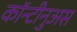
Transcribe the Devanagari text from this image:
कॉन्टीनुअस